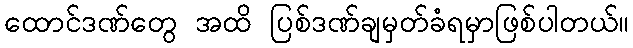
ထောင်ဒဏ်တွေ အထိ ပြစ်ဒဏ်ချမှတ်ခံရမှာဖြစ်ပါတယ်။